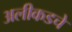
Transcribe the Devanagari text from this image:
अलीकडचे